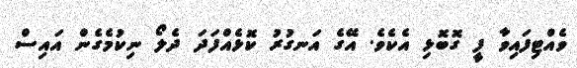
ވެއްޓިފައިވާ ފީ ގޮބޮޅި އެކެވެ. އޭގެ އަނގުރު ކޮޅެއްފަދަ ދެލޯ ނިކުމެގެން އައިސް